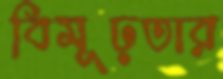
বিমূঢ়তার